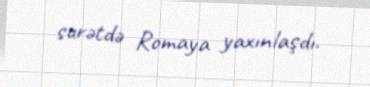
surətdə Romaya yaxınlaşdı.